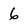
Character: 6